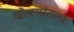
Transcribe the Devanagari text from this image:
खोक्यांतला